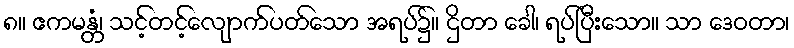
၈။ ဧကမန္တံ၊ သင့်တင့်လျောက်ပတ်သော အရပ်၌။ ဌိတာ ခေါ၊ ရပ်ပြီးသော။ သာ ဒေဝတာ၊